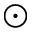
\odot